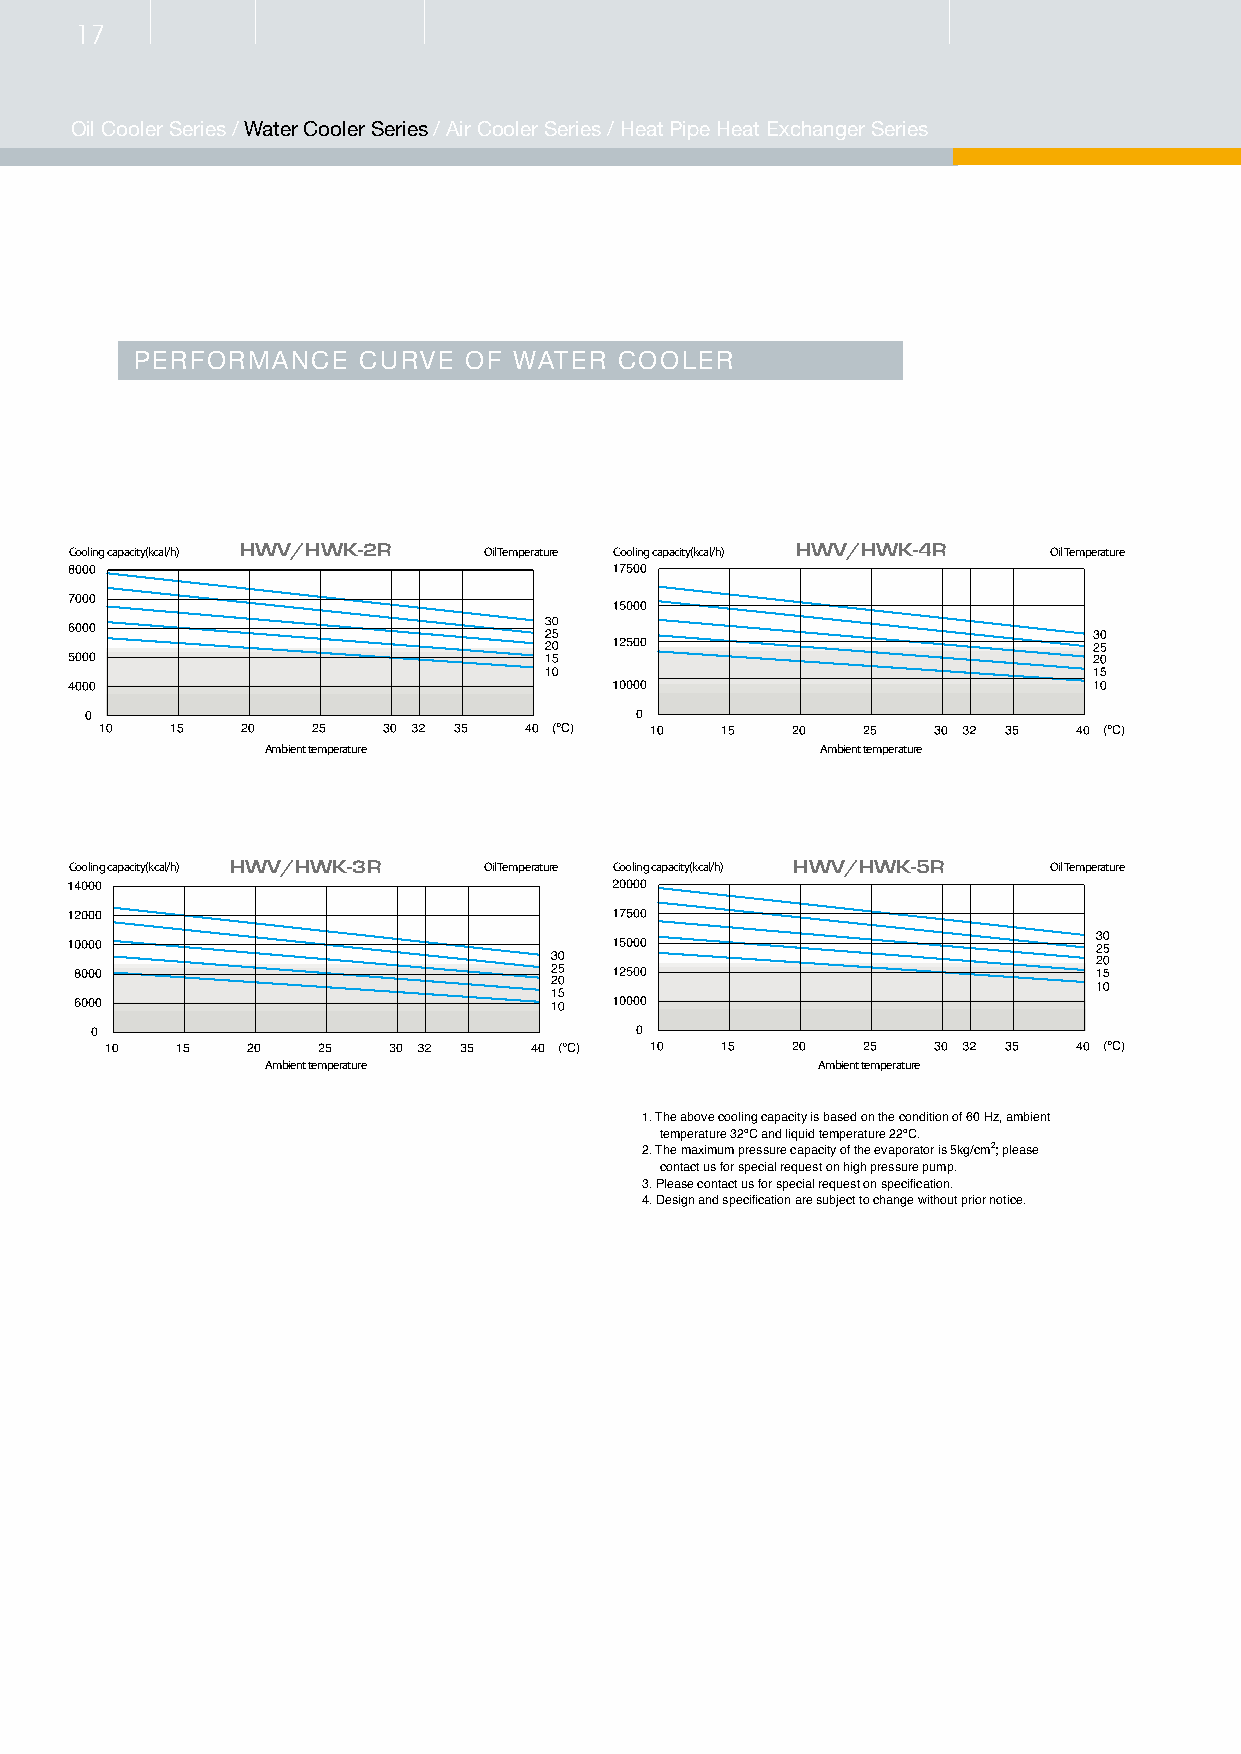
Cooling capacity(kcal/h) HWV/HWK/HWH-250 Oil Temperature Cooling capacity(kcal/h) HWV/HWK/HWH-750 Oil Temperature
 Ambient temperature                 Ambient temperature
 Cooling capacity(kcal/h) HWV/HWK/HWH-400 Oil Temperature Cooling capacity(kcal/h) HWV/HWK/HWH-900 Oil Temperature
 6200
 5400
 4600
 3800
 3000
 Ambient temperature                 Ambient temperature
 Cooling capacity(kcal/h) HWV/HWK/HWH-600 Oil Temperature Cooling capacity(kcal/h) HWV/HWK/HWH-1000 Oil Temperature
 17
 Oil Cooler Series / Water Cooler Series / Air Cooler Series / Heat Pipe Heat Exchanger Series
 Ambient temperature                 Ambient temperature
 PERFORMANCE    CURVE  OF WATER  COOLER
 Cooling capacity(kcal/h) HWV/HWK-2R Oil Temperature Cooling capacity(kcal/h) HWV/HWK-4R Oil Temperature
 Ambient temperature                 Ambient temperature
 Cooling capacity(kcal/h) HWV/HWK-3R Oil Temperature Cooling capacity(kcal/h) HWV/HWK-5R Oil Temperature
 Ambient temperature                 Ambient temperature
 1. The above cooling capacity is based on the condition of 60 Hz, ambient
 temperature 32ºC and liquid temperature 22ºC.
 2. The maximum pressure capacity of the evaporator is 5kg/cm2; please
 contact us for special request on high pressure pump.
 3. Please contact us for special request on specification.
 4. Design and specification are subject to change without prior notice.